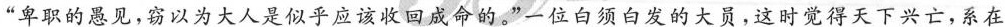
“卑职的愚见,窃以为大人是似乎应该收回成命的。一位白须白发的大员,这时觉得天下兴亡,系在